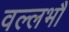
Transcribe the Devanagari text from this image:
वल्लभौ